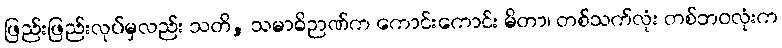
ဖြည်းဖြည်းလုပ်မှလည်း သတိ, သမာဓိဉာဏ်က ကောင်းကောင်း မိတာ၊ တစ်သက်လုံး တစ်ဘဝလုံးက